Indian journal of veterinary science and animal husbandry - Volume 5,
Year: 1935
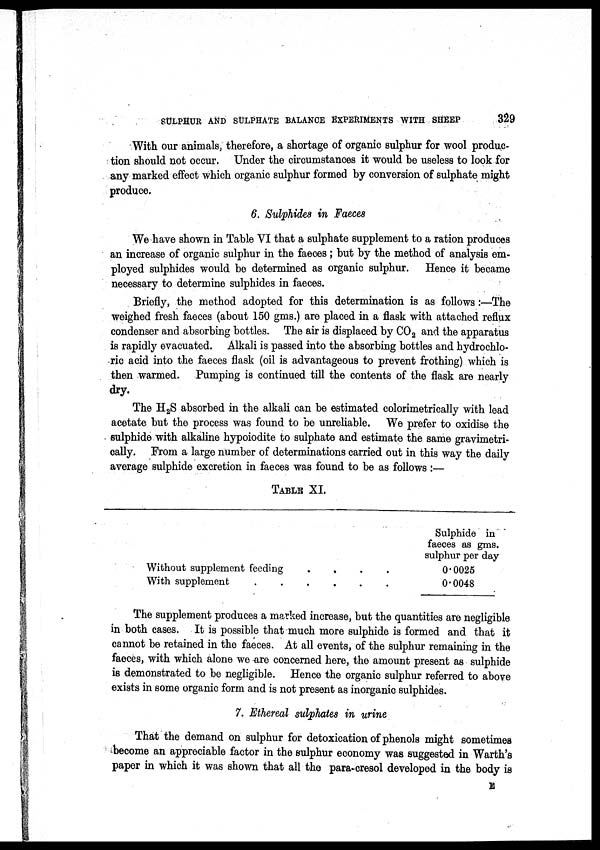
SULPHUR AND SULPHATE BALANCE EXPERIMENTS WITH SHEEP
329
With our animals, therefore, a shortage of organic sulphur for wool produc-
tion should not occur. Under the circumstances it would be useless to look for
any marked effect which organic sulphur formed by conversion of sulphate might
produce.
6. Sulphides in Faeces
We have shown in Table VI that a sulphate supplement to a ration produces
an increase of organic sulphur in the faeces ; but by the method of analysis em-
ployed sulphides would be determined as organic sulphur. Hence it became
necessary to determine sulphides in faeces.
Briefly, the method adopted for this determination is as follows :—The
weighed fresh faeces (about 150 gms.) are placed in a flask with attached reflux
condenser and absorbing bottles. The air is displaced by CO 2 and the apparatus
is rapidly evacuated. Alkali is passed into the absorbing bottles and hydrochlo-
ric acid into the faeces flask (oil is advantageous to prevent frothing) which is
then warmed. Pumping is continued till the contents of the flask are nearly
dry.
The H 2 S absorbed in the alkali can be estimated colorimetrically with lead
acetate but the process was found to be unreliable. We prefer to oxidise the
sulphide with alkaline hypoiodite to sulphate and estimate the same gravimetri-
cally. From a large number of determinations carried out in this way the daily
average sulphide excretion in faeces was found to be as follows:—
TABLE XI.
Without supplement feeding . . . .
With supplement
. . . . . .
Sulphide in
faeces as gms.
sulphur per day
0.0025
0.0048
The supplement produces a marked increase, but the quantities are negligible
in both cases. It is possible that much more sulphide is formed and that it
cannot be retained in the faeces. At all events, of the sulphur remaining in the
faeces, with which alone we are concerned here, the amount present as sulphide
is demonstrated to be negligible. Hence the organic sulphur referred to above
exists in some organic form and is not present as inorganic sulphides.
7. Ethereal sulphates in urine
That the demand on sulphur for detoxication of phenols might sometimes
become an appreciable factor in the sulphur economy was suggested in Warth's
paper in which it was shown that all the para-cresol developed in the body is
E